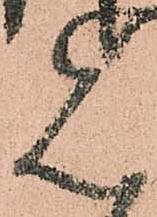
見